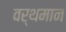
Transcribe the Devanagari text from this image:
वर्थमान